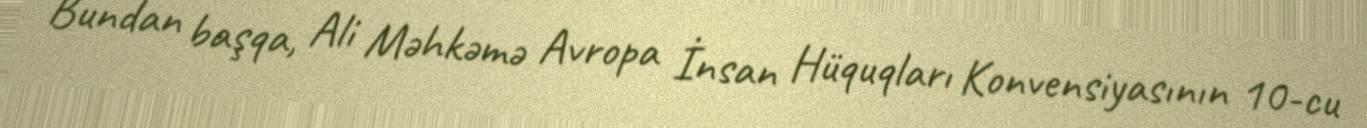
Bundan başqa, Ali Məhkəmə Avropa İnsan Hüquqları Konvensiyasının 10-cu